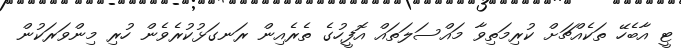
ޓީ އާބެހޭ ތަކެއްޗަށް ކުރިމަތިވާ މައްސަލަތައް އޮފީހުގެ ތެރެއިން ރަނގަޅުކުރެވެން ހުރި މިންވަރަކުން